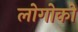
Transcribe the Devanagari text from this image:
लोगोको